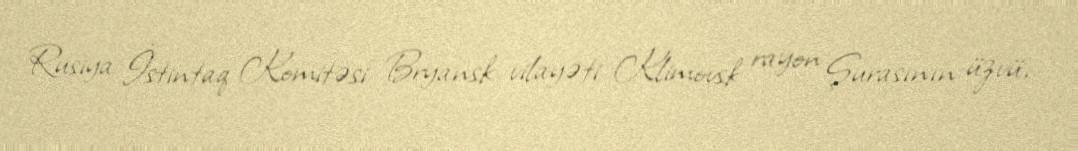
Rusiya İstintaq Komitəsi Bryansk vilayəti Klimovsk rayon Şurasının üzvü,